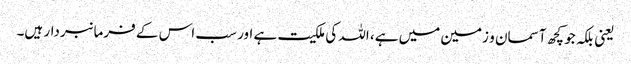
یعنی بلکہ جو کچھ آسمان و زمین میں ہے، اللہ کی ملکیت ہے اور سب اس کے فرمانبردار ہیں۔